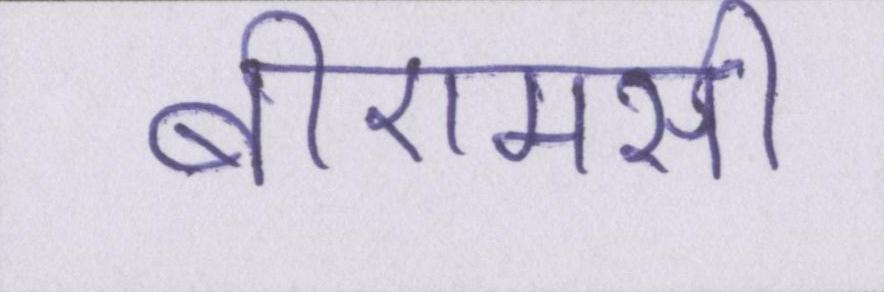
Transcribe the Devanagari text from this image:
बीएमसी